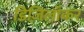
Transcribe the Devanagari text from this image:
डिज़िलॉकर